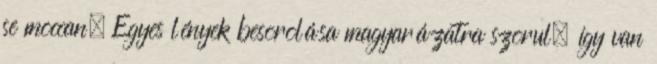
se moccan. Egyes lények besorolása magyarázatra szorul, így van